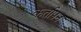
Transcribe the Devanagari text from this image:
कर्तापन